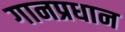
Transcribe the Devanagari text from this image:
गानप्रधान